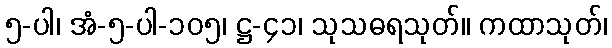
၅-ပါ၊ အံ-၅-ပါ-၁၀၅၊ ဋ္ဌ-၄၁၊ သုသဓရသုတ်။ ကထာသုတ်၊